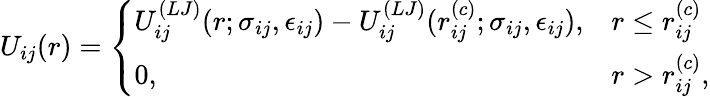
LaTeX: U_{ij}(r)=\left\{ \begin{array}{ll}{U_{ij}^{(LJ)}(r;\sigma_{ij},\epsilon_{ij})-U_{ij}^{(LJ)}(r_{ij}^{(c)};\sigma_{ij},\epsilon_{ij}),}&{r\leq r_{ij}^{(c)}}\\ {0,}&{r>r_{ij}^{(c)},}\end{array}\right.